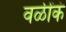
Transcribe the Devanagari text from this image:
वळींकं